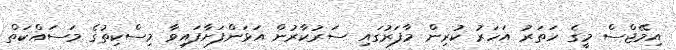
އިމޭޖްސް މީގެ ހަތަރު އަހަރު ކުރިން މާފަރުގައި ސަރުކާރުން އަޅަންފަށާފައިވާ މިސްކިތުގެ މަސައްކަތް